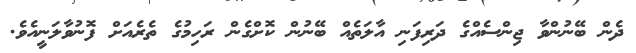
ދެން ބޭނުންވާ ޖިންސެއްގެ ދަރިފަނި އާލަތެއް ބޭނުން ކޮށްގެން ރަހިމުގެ ތެރެއަށް ފޮނުވާލަނީއެވެ.